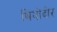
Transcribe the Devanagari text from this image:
थियोदोर